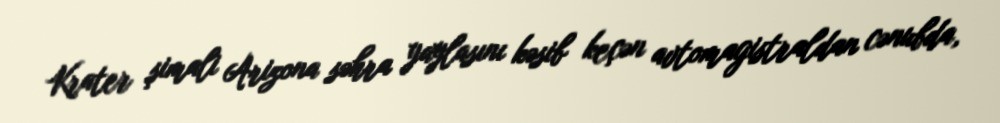
Krater şimali Arizona səhra yaylasını kəsib keçən avtomagistraldan cənubda,